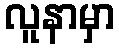
လူနာမှာ